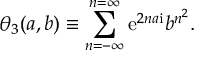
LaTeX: \theta _ { 3 } ( a , b ) \equiv \sum _ { n = - \infty } ^ { n = \infty } { { \mathrm { e } } } ^ { 2 n a { \mathrm { i } } } b ^ { n ^ { 2 } } .